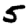
Digit: 5